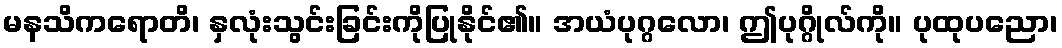
မနသိကရောတိ၊ နှလုံးသွင်းခြင်းကိုပြုနိုင်၏။ အယံပုဂ္ဂလော၊ ဤပုဂ္ဂိုလ်ကို။ ပုထုပညော၊